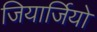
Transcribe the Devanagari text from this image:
जियार्जियो